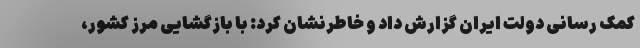
کمک رسانی دولت ایران گزارش داد و خاطرنشان کرد: با بازگشایی مرز کشور،